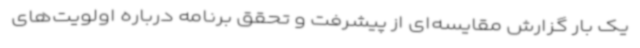
یک بار گزارش مقایسه‌ای از پیشرفت و تحقق برنامه درباره اولویت‌های